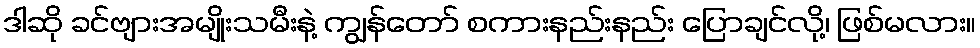
ဒါဆို ခင်ဗျားအမျိုးသမီးနဲ့ ကျွန်တော် စကားနည်းနည်း ပြောချင်လို့၊ ဖြစ်မလား။